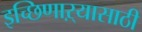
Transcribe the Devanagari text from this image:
इच्छिणाऱ्यासाठी